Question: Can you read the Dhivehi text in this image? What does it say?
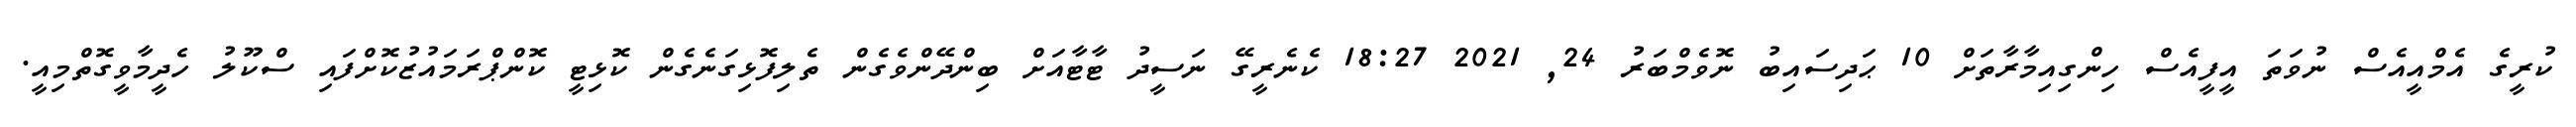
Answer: ކުރީގެ އެމްއީއެސް ނުވަތަ އީފީއެސް ހިންގިއިމާރާތަށް 10 ޙަދިސައިބު ނޮވެމްބަރު 24, 2021 18:27 ކެނެރީގޭ ނަސީދު ޓާޓާއަށް ބިންދޭންވެގެން ތެލިފޮޅިގަނެގެން ކޮޅިޓީ ކޮންޕްރަމައުޒުކޮށްފައި ސްކޫލު ހެދީމާވީގޮތްމިއީ.